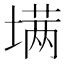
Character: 𰊟